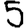
Digit: 5